Rangoon Lunatic Asylum 1898-1906 - 1898-1906
Year: 1898
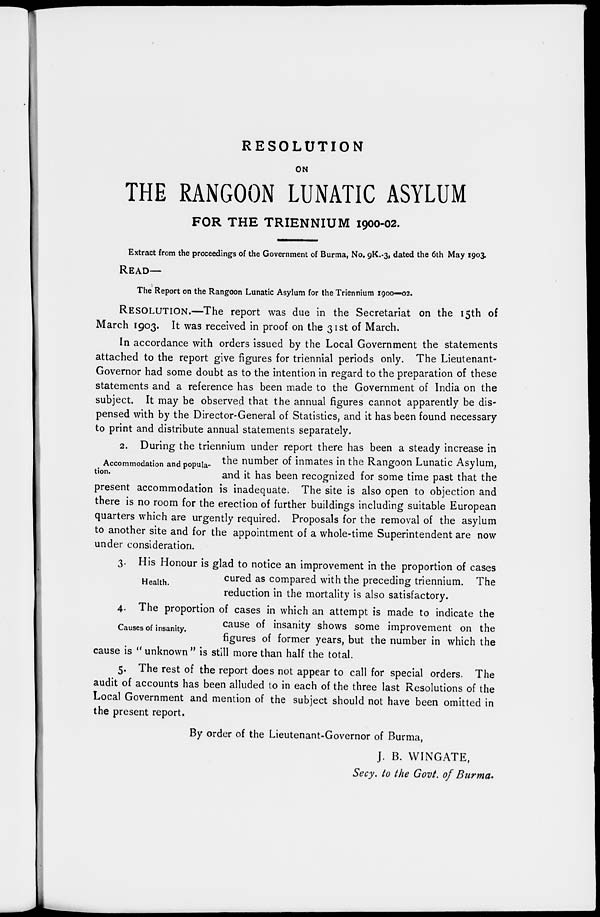
RESOLUTION
ON
THE RANGOON LUNATIC ASYLUM
FOR THE TRIENNIUM 1900-02.
Extract from the proceedings of the Government of Burma, No. 9K.-3, dated the 6th May 1903.
READ—
The Report on the Rangoon Lunatic Asylum for the Triennium 1900—02.
RESOLUTION.—The report was due in the Secretariat on the 15th of
March 1903. It was received in proof on the 31st of March,
In accordance with orders issued by the Local Government the statements
attached to the report give figures for triennial periods only. The Lieutenant-
Governor had some doubt as to the intention in regard to the preparation of these
statements and a reference has been made to the Government of India on the
subject. It may be observed that the annual figures cannot apparently be dis-
pensed with by the Director-General of Statistics, and it has been found necessary
to print and distribute annual statements separately.
Accommodation and popula-
tion.
2. During the triennium under report there has been a steady increase in
the number of inmates in the Rangoon Lunatic Asylum,
and it has been recognized for some time past that the
present accommodation is inadequate. The site is also open to objection and
there is no room for the erection of further buildings including suitable European
quarters which are urgently required. Proposals for the removal of the asylum
to another site and for the appointment of a whole-time Superintendent are now
under consideration.
Health.
3. His Honour is glad to notice an improvement in the proportion of cases
cured as compared with the preceding triennium. The
reduction in the mortality is also satisfactory.
Causes of insanity.
4. The proportion of cases in which an attempt is made to indicate the
cause of insanity shows some improvement on the
figures of former years, but the number in which the
cause is " unknown " is still more than half the total.
5. The rest of the report does not appear to call for special orders. The
audit of accounts has been alluded to in each of the three last Resolutions of the
Local Government and mention of the subject should not have been omitted in
the present report.
By order of the Lieutenant-Governor of Burma,
J. B. WINGATE,
Secy. to the Govt. of Burma.